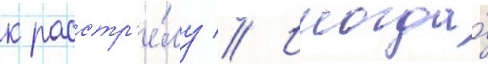
к расстр'е́лу // Иногда́